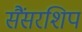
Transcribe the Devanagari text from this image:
सैंसरशिप